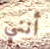
أنني